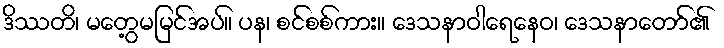
ဒိဿတိ၊ မတွေ့မမြင်အပ်။ ပန၊ စင်စစ်ကား။ ဒေသနာဝါရေနေဝ၊ ဒေသနာတော်၏